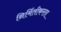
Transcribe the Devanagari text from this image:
निर्मितीकरता